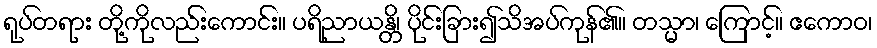
ရုပ်တရား တို့ကိုလည်းကောင်း။ ပရိညာယန္တိ၊ ပိုင်းခြား၍သိအပ်ကုန်၏။ တသ္မာ၊ ကြောင့်။ ဧကောဝ၊